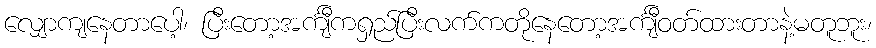
လျှောကျနေတာပေါ့၊ ပြီးတော့အင်္ကျီကရှည်ပြီးလက်ကတိုနေတော့အင်္ကျီဝတ်ထားတာနဲ့မတူဘူး၊